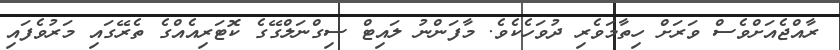
ރާއްޖެއަށްވެސް ވަރަށް ހިތާމަވެރި ދުވަހެކެވެ. މާފަންނު ލައިޓް ސިގްނަލްގޭގެ ކޮޓަރިއެއްގެ ތެރޭގައި މަރުވެފައި